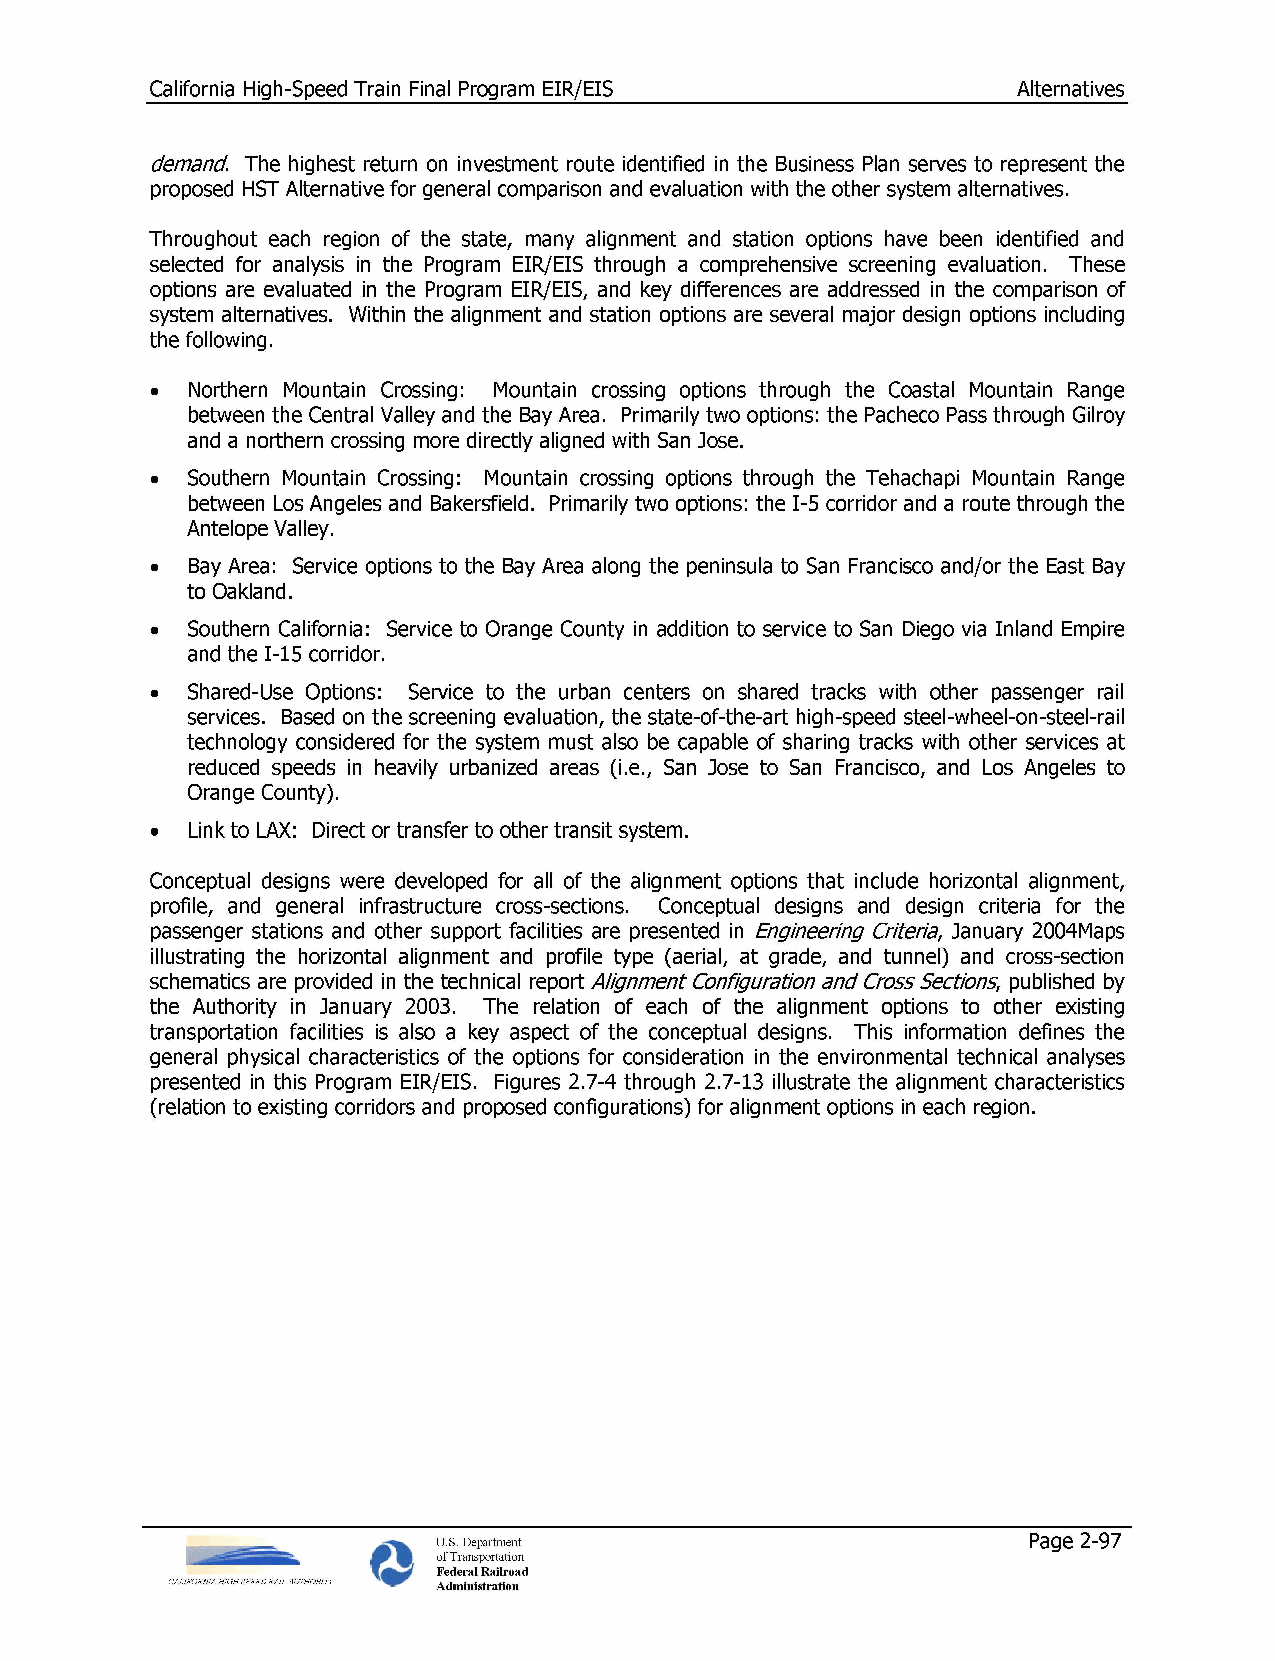
California High-Speed Train Final Program EIR/EIS        Alternatives
 demand. The highest return on investment route identified in the Business Plan serves to represent the
 proposed HST Alternative for general comparison and evaluation with the other system alternatives.
 Throughout each region of the state, many alignment and station options have been identified and
 selected for analysis in the Program EIR/EIS through a comprehensive screening evaluation. These
 options are evaluated in the Program EIR/EIS, and key differences are addressed in the comparison of
 system alternatives. Within the alignment and station options are several major design options including
 the following.
 •  Northern Mountain Crossing: Mountain crossing options through the Coastal Mountain Range
 between the Central Valley and the Bay Area. Primarily two options: the Pacheco Pass through Gilroy
 and a northern crossing more directly aligned with San Jose.
 • Southern Mountain Crossing: Mountain crossing options through the Tehachapi Mountain Range
 between Los Angeles and Bakersfield. Primarily two options: the I-5 corridor and a route through the
 Antelope Valley.
 •  Bay Area: Service options to the Bay Area along the peninsula to San Francisco and/or the East Bay
 to Oakland.
 • Southern California: Service to Orange County in addition to service to San Diego via Inland Empire
 and the 1-15 corridor.
 • Shared-Use Options: Service to the urban centers on shared tracks with other passenger rail
 services. Based on the screening evaluation, the state-of-the-art high-speed steel-wheel-on-steel-rail
 technology considered for the system must also be capable of sharing tracks with other services at
 reduced speeds in heavily urbanized areas (i.e., San Jose to San Francisco, and Los Angeles to
 Orange County).
 •  Link to LAX: Direct or transfer to other transit system.
 Conceptual designs were developed for all of the alignment options that include horizontal alignment,
 profile, and general infrastructure cross-sections. Conceptual designs and design criteria for the
 passenger stations and other support facilities are presented in Engineering Criteria, January 2004Maps
 illustrating the horizontal alignment and profile type (aerial, at grade, and tunnel) and cross-section
 schematics are provided in the technical report Alignment Configuration and Cross Sections, published by
 the Authority in January 2003. The relation of each of the alignment options to other existing
 transportation facilities is also a key aspect of the conceptual designs. This information defines the
 general physical characteristics of the options for consideration in the environmental technical analyses
 presented in this Program EIR/EIS. Figures 2.7-4 through 2.7-13 illustrate the alignment characteristics
 (relation to existing corridors and proposed configurations) for alignment options in each region.
 U.S. Department                        Page 2-97
 of Transportation
 Federal Railroad
 CALIFORNIA HIGH SPEED RAIL AUTHORITY Administration